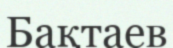
Бақтаев